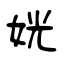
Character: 姯